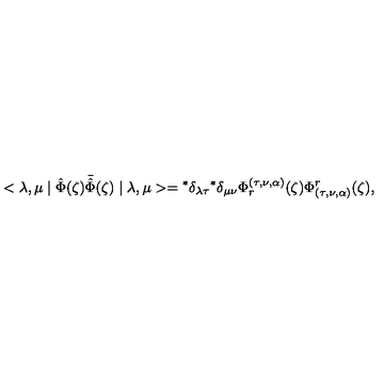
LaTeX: < \lambda , \mu \mid \hat { \Phi } ( \zeta ) \bar { \hat { \Phi } } ( \zeta ) \mid \lambda , \mu > = { } ^ { * } \delta _ { \lambda \tau } { } ^ { * } \delta _ { \mu \nu } \Phi _ { r } ^ { ( \tau , \nu , \alpha ) } ( \zeta ) \Phi _ { ( \tau , \nu , \alpha ) } ^ { r } ( \zeta ) ,